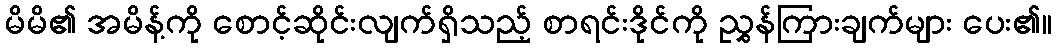
မိမိ၏ အမိန့်ကို စောင့်ဆိုင်းလျက်ရှိသည့် စာရင်းဒိုင်ကို ညွှန်ကြားချက်များ ပေး၏။